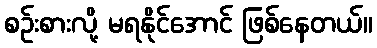
စဉ်းစားလို့ မရနိုင်အောင် ဖြစ်နေတယ်။